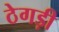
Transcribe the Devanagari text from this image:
ठेगड़ी